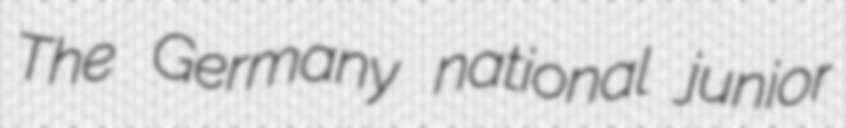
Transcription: The Germany national junior